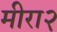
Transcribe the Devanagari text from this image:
मीरा२